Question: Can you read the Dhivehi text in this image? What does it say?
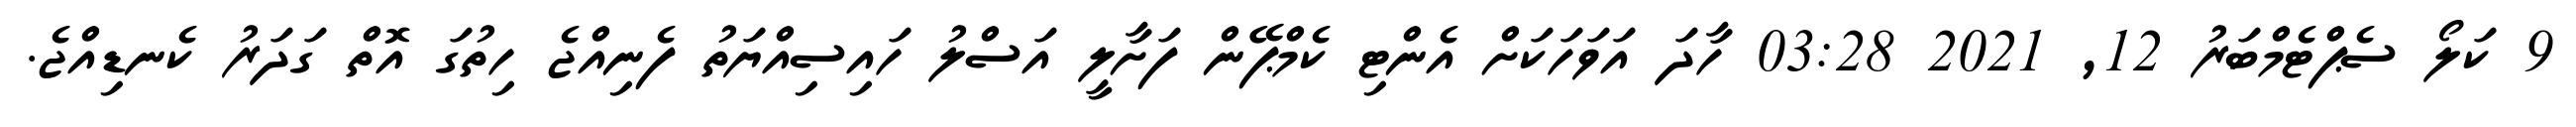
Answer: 9 ކަލޯ ސެޕްޓެމްބަރު 12, 2021 03:28 ހާދަ އަވަހަކަށް އެންޓި ކެމްޕޭން ފަށާލީ އަސްލު ހައިސިއްޔަތު ފެނިއްޖެ ހިތުގަ އޮތް ގަދަރު ކެނޑިއްޖެ.